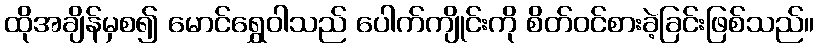
ထိုအချိန်မှစ၍ မောင်ရွှေဝါသည် ပေါက်ကျိုင်းကို စိတ်ဝင်စားခဲ့ခြင်းဖြစ်သည်။